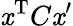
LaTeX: \mathit{x}^{\mathrm{{T}}}C\mathit{x}^{\prime}